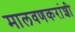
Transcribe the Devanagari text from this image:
मालवणकरांशी